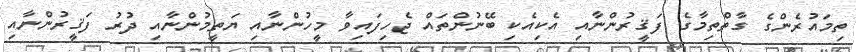
ތިމައުރެންގެ ގާތްތިމާގެ ފަޤީރުންނާއި އެކިއެކި ބޭނުންތައް ޖެހިފައިވާ މީހުންނާއި ޔަތީމުންނާއި ދުރު ފަޤީރުންނާއި